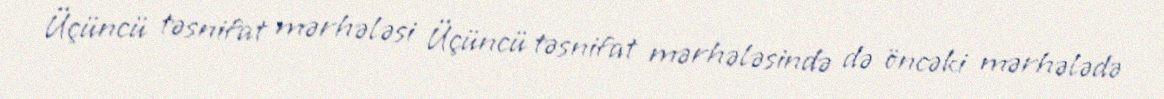
Üçüncü təsnifat mərhələsi Üçüncü təsnifat mərhələsində də öncəki mərhələdə